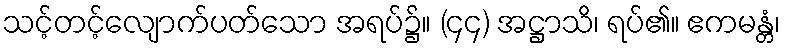
သင့်တင့်လျောက်ပတ်သော အရပ်၌။ (၄၄) အဋ္ဌာသိ၊ ရပ်၏။ ဧကမန္တံ၊